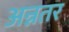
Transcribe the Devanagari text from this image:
अन्नतर